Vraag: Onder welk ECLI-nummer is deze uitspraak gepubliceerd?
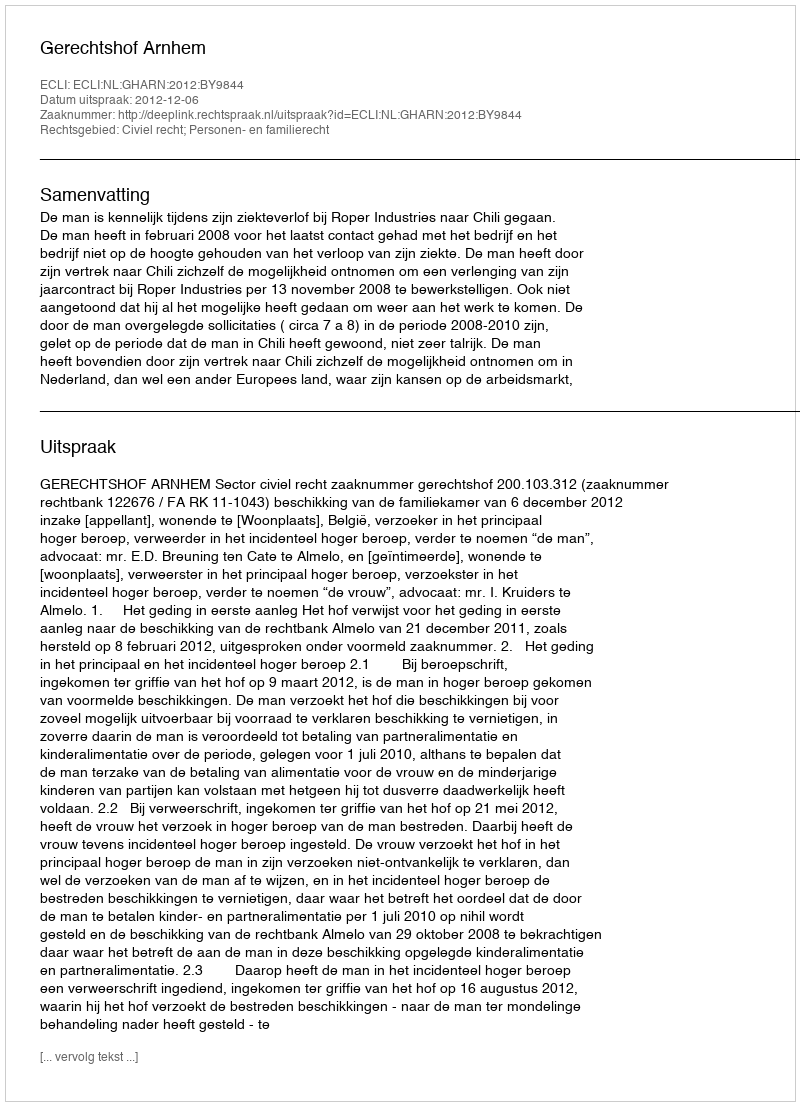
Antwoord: ECLI:NL:GHARN:2012:BY9844